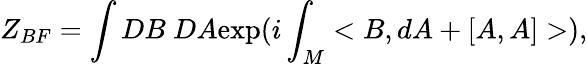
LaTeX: Z_{BF}=\int DB~DA\mathrm{exp}(i\int_{M}<B,dA+[A,A]>),